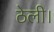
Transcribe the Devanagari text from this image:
ठेली।